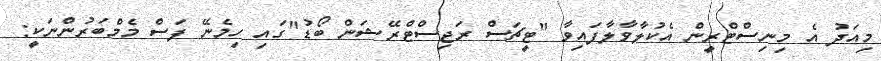
މިއަދު އެ މިނިސްޓްރީން އެކުލާވާލާފައިވާ "ޓީޗަސް ރަޖިސްޓްރޭޝަން ބޯޑު"ގައި ހިމެނޭ ފަސް މެމްބަރުންނަކީ: